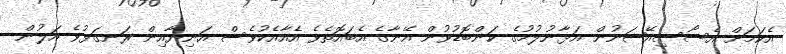
އެކަމަށް އެސޯސިއޭޝަނުން އަޅާނުލުމުގެ ކަންބޮޑުވުން އޭނާގެ އެބައޮތެވެ އެއާއެކުވެސް އަނިޔާއިން ރަނގަޅުވެ އަލުން